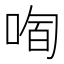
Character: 𱓉